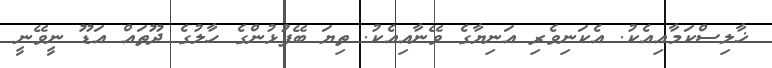
ޚާލިސްކަމާއިއެކު. އެކަނިވެރި އަނިޔާގެ ވޭނާއިއެކު. ތިޔަ ބޭފުޅުންގެ ހާލުގެ ދޫތައް އަޑޫ ނީވޭނީ